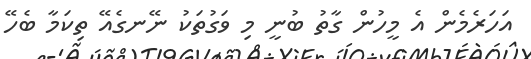
އަހަރެމެން އެ މީހުން ގާތު ބުނީ މި ވަގުތަކު ނޭނގެއޭ ތިކަމާ ބެހޭ